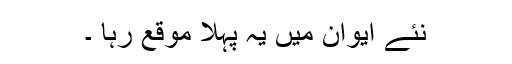
نئے ایوان میں یہ پہلا موقع رہا ۔